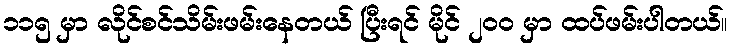
၁၁၅ မှာ လိုင်စင်သိမ်းဖမ်းနေတယ် ပြီးရင် မိုင် ၂၀၀ မှာ ထပ်ဖမ်းပါတယ်။